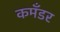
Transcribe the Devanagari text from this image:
कमॅंडर